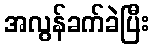
အလွန်ခက်ခဲပြီး